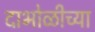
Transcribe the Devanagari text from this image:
दाभोळीच्या